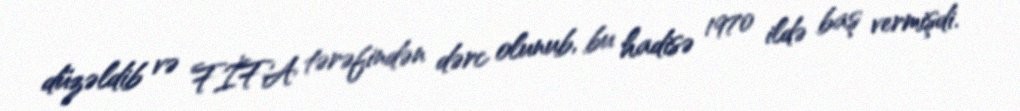
düzəldib və FİFA tərəfindən dərc olunub, bu hadisə 1970 ildə baş vermişdi.